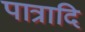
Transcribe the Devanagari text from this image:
पात्रादि